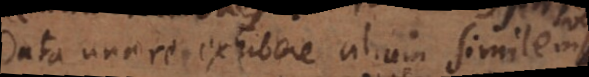
data una re exhibere aliam similem